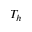
T _ { h }